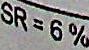
SR = 6%